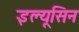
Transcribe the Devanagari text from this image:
इल्यूसिन